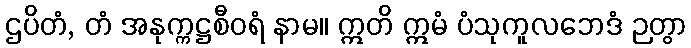
ဌပိတံ, တံ အနုက္ကဋ္ဌစီဝရံ နာမ။ ဣတိ ဣမံ ပံသုကူလဘေဒံ ဉတွာ